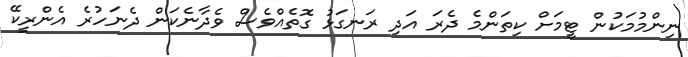
ނިންމުމަކުން ޓީމަށް ކިތަންމެ ދެރަ އަދި ރަނގަޅު ގޮތެއްވެސް ވެދާނެކަން ދެނަހުރެ އެންރީކޭ